Bréfritari: Andrés Fjeldsted
Viðtakandi: Einar Friðgeirsson
Dagsetning: A-1890-02-16
Skrifað á: Hvítárvöllum  Borg.

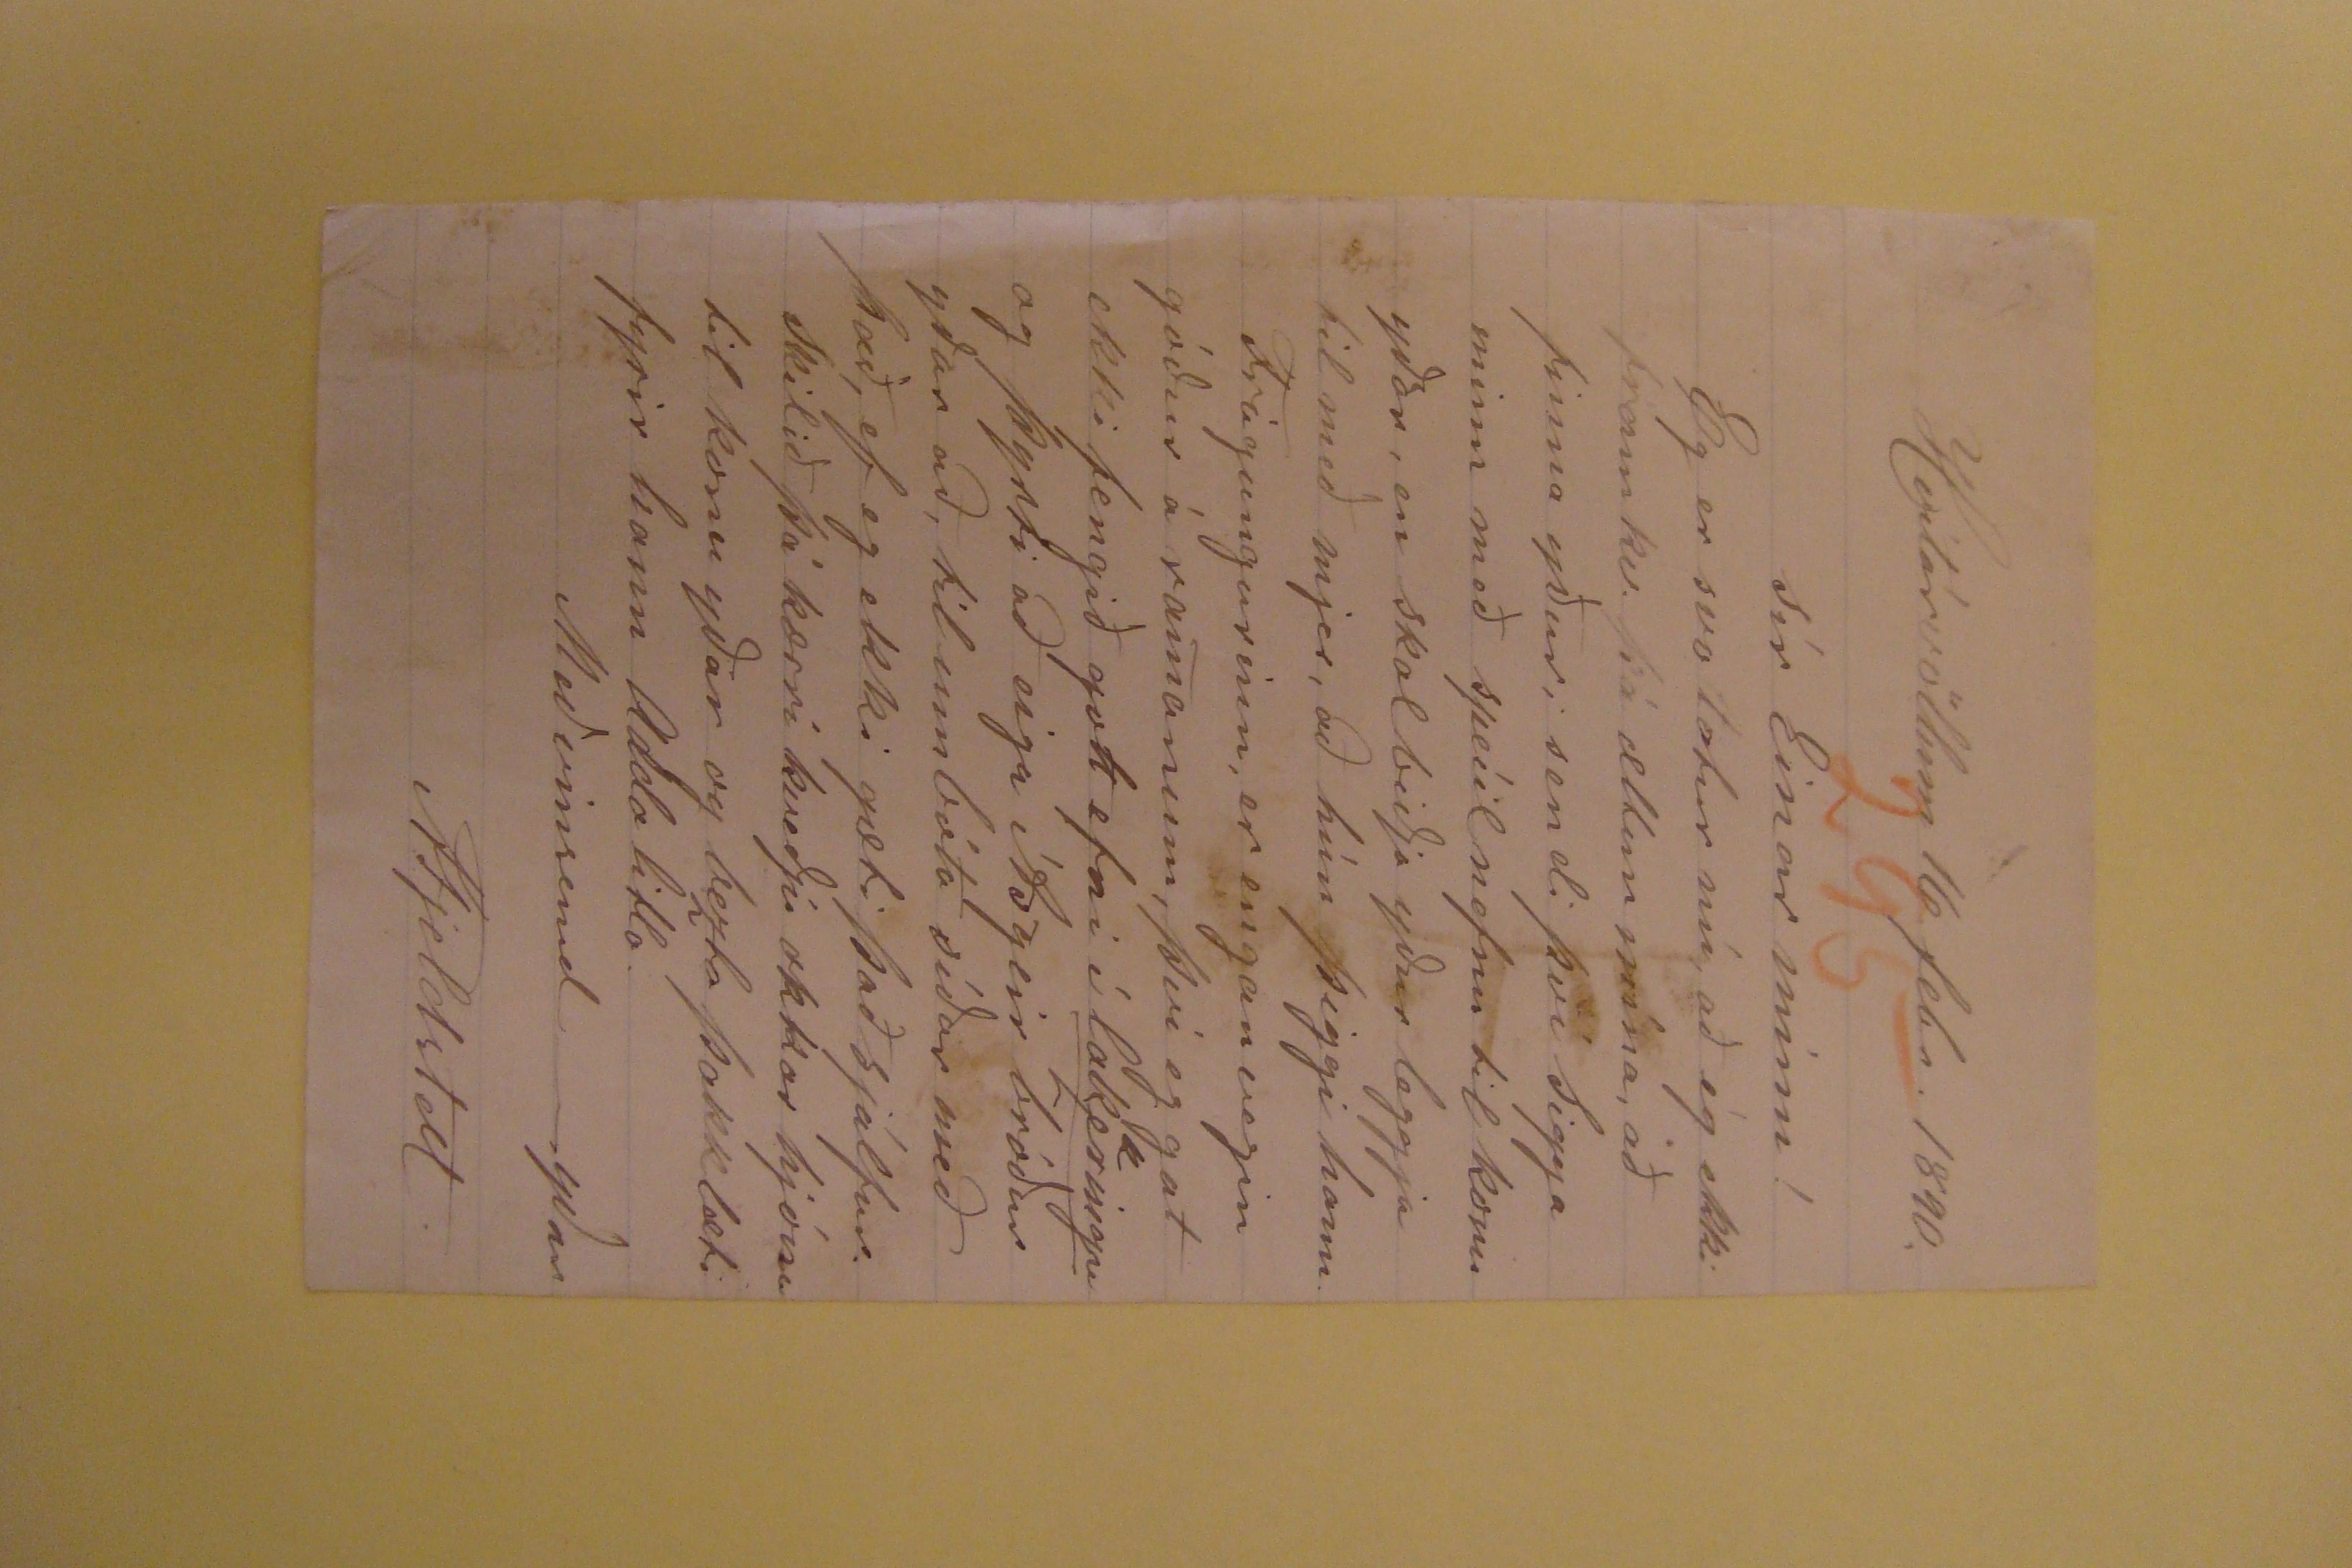

Hvítárvöllum 16. febr. 1890.
Sír Einar minn!
Eg er svo latur nú, að ég ekki framkv. þá æltun mína, að finna yður; sendi því Sigga minn með speíil nefnu til konu yðar, en skal biðja yður leggja til með mjer,
að hún þiggi hann. Frágangurinn, er engan vegin góður á ramanum, því eg gat ekki fengið gott efni í
lak
keringu og þyrti að eiga Ásgeir bróður yðar að, til umbóta síðar með það, ef eg ekki gæti það sjálfur. Skilið þá kærri kveðju okkar hjóna til konu yðar og
bezta þakklæti fyrir hann Adda litla.
Með vinsemd____yðar
AFjeldsted